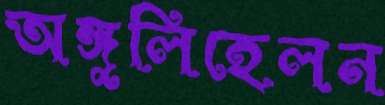
অঙ্গুলিহেলন